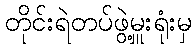
တိုင်းရဲတပ်ဖွဲ့မှူးရုံးမှ